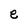
Character: e